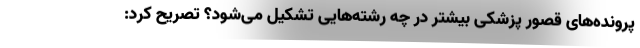
پرونده‌های قصور پزشکی بیشتر در چه رشته‌هایی تشکیل می‌شود؟ تصریح کرد: